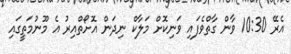
އެރޭ 10:30 ވާން ގާތްވެފައި ވަނިކޮށް މަލާކް ނިދަން އޮށޯތްއިރު އެ މޫނުމަތީގައި